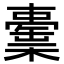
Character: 𣞉